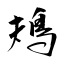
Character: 鳺